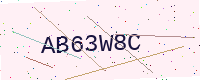
Text: AB63W8C